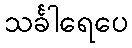
သင်္ခါရေပေ